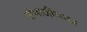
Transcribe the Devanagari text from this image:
संभाजींच्याच